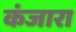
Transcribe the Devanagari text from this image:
कंजारा